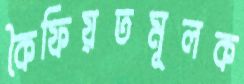
কৈফিয়তমূলক